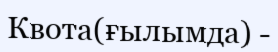
Квота(ғылымда) -